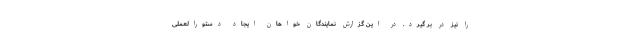
را نیز در بر گیرد. در این گزارش نمایندگان خواهان ایجاد دستورالعملی